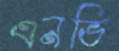
এনভি